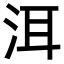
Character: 洱